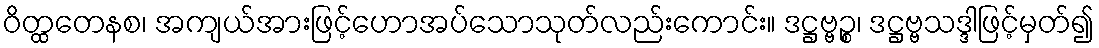
ဝိတ္ထတေနစ၊ အကျယ်အားဖြင့်ဟောအပ်သောသုတ်လည်းကောင်း။ ဒဋ္ဌဗ္ဗဉ္စ၊ ဒဋ္ဌဗ္ဗသဒ္ဒါဖြင့်မှတ်၍